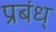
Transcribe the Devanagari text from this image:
प्रबंध्